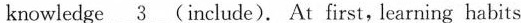
knowledge \underline{3} (include). At first, learning habits